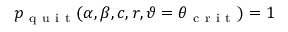
p _ { \mathrm { ~ q ~ u ~ i ~ t ~ } } ( \alpha , \beta , c , r , \vartheta = \theta _ { \mathrm { ~ c ~ r ~ i ~ t ~ } } ) = 1